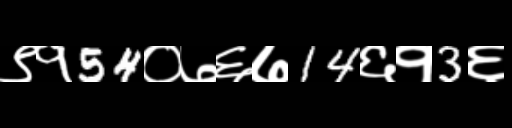
Text: ९१54०७६७14६१3६